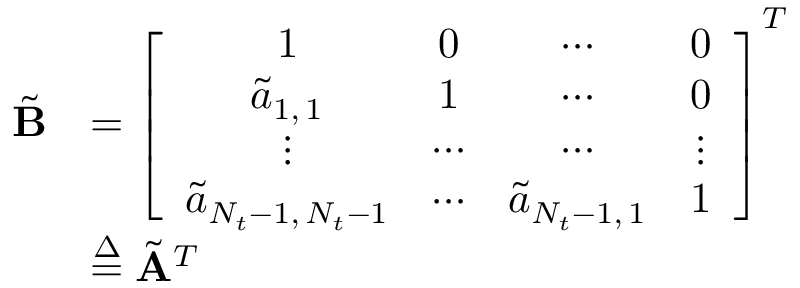
\begin{array} { r l } { \tilde { \mathbf { B } } } & { = \left[ \begin{array} { c c c c } { 1 } & { 0 } & { \cdots } & { 0 } \\ { \tilde { a } _ { 1 , \, 1 } } & { 1 } & { \cdots } & { 0 } \\ { \vdots } & { \cdots } & { \cdots } & { \vdots } \\ { \tilde { a } _ { N _ { t } - 1 , \, N _ { t } - 1 } } & { \cdots } & { \tilde { a } _ { N _ { t } - 1 , \, 1 } } & { 1 } \end{array} \right] ^ { T } } \\ & { \stackrel { \Delta } { = } \tilde { \mathbf { A } } ^ { T } } \end{array}